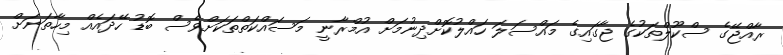
ރާއްޖޭގެ ސްކޫލްތަކުގެ ޖާގައިގެ މައްސަލަ ހައްލުކޮށްދިނުމަށް އުމްރާނީ މަސައްކަތްތަކަށްވެސް ބޮޑު ހޭދައެއް މިހާތަނަށް